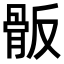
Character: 𩨩